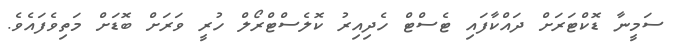
ސަމީނާ ޑޮކްޓަރަށް ދައްކާފައި ޓެސްޓް ހެދިއިރު ކޮލެސްޓްރޯލް ހުރީ ވަރަށް ބޮޑަށް މަތިވެފައެވެ.